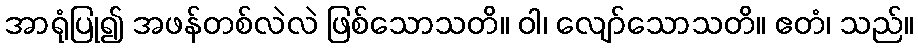
အာရုံပြု၍ အဖန်တစ်လဲလဲ ဖြစ်သောသတိ။ ဝါ၊ လျော်သောသတိ။ ဧတံ၊ သည်။